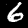
Digit: 6